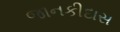
જાનકીદાસ